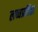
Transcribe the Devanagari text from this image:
लब्धप्रतिष्ठा